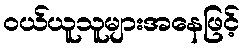
ဝယ်ယူသူများအနေဖြင့်